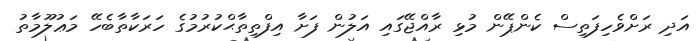
އަދި ރަށްވެހިފަތިސް ކެންޕޭން މުޅި ރާއްޖޭގައި އަލުން ފަށާ އިފްތިތާޙްކުރުމުގެ ހަރަކާތާބެހޭ މަޢުލޫމާތު